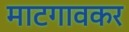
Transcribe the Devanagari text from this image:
माटगावकर